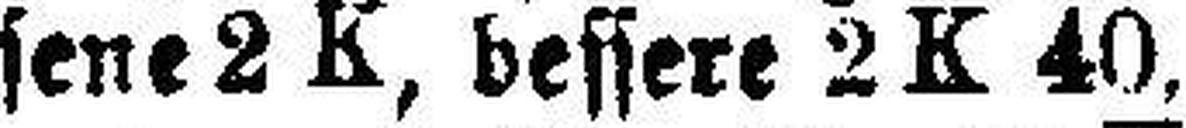
sene 2 K, bessere 2 K 40,